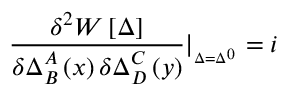
\frac { \delta ^ { 2 } W \left[ \Delta \right] } { \delta \Delta _ { B } ^ { A } \left( x \right) \delta \Delta _ { D } ^ { C } \left( y \right) } | _ { _ { \Delta = \Delta ^ { 0 } } } = i